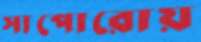
সাপোরোয়